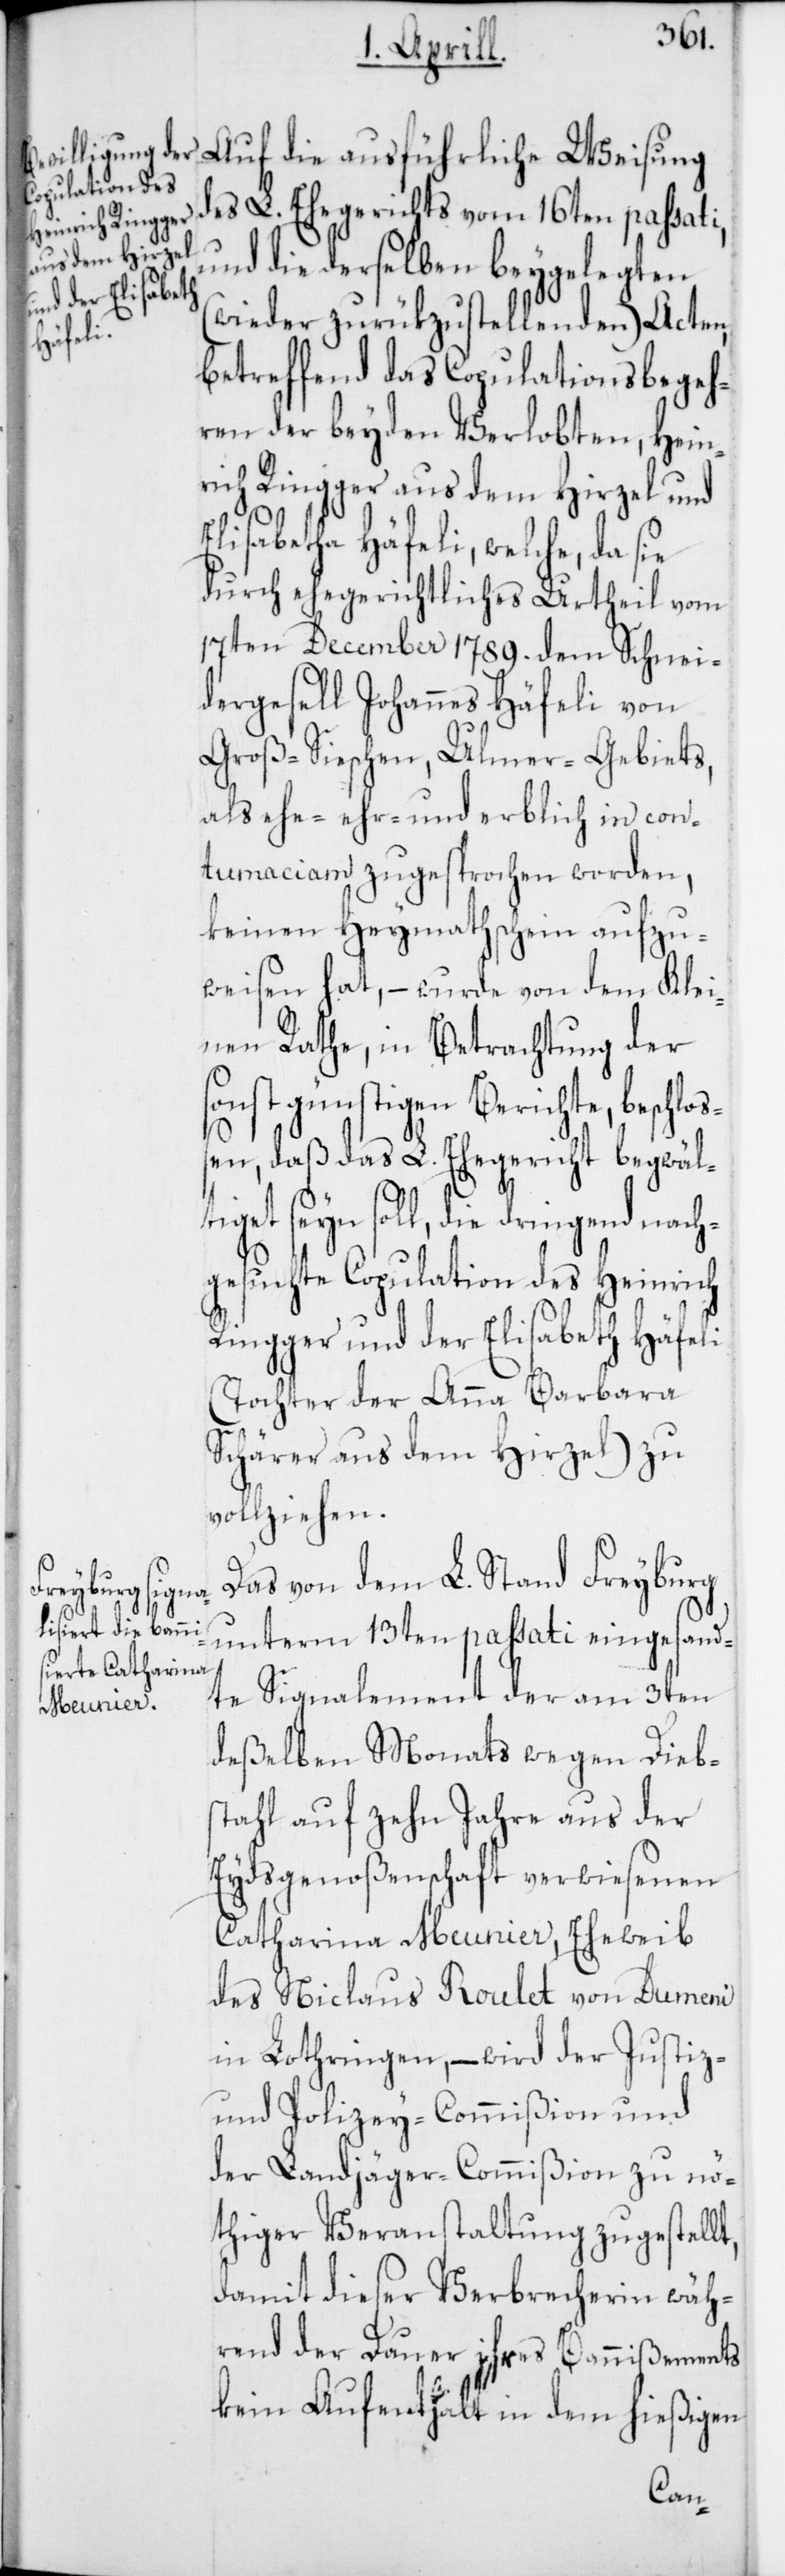
Auf die ausführliche Weisung
des L. Ehegerichts vom 16ten passati,
und die derselben beygelegten
(wieder zurükzustellenden) Acten,
betreffend das Copulationsbegeh¬
ren der beyden Verlobten, Hein¬
rich Ringger aus dem Hirzel und
Elisabetha Häfeli, welche, da sie
durch ehegerichtliches Urtheil vom
17ten December 1789. dem Schnei¬
dergesell Johannes Häfeli von
Groß-Sieschen, Ulmer-Gebiets,
als ehe-, ehr- und erblich in con¬
tumaciam zugesprochen worden,
keinen Heymathschein aufzu¬
weisen hat, – wurde von dem Klei¬
nen Rate, in Betrachtung der
sonst günstigen Berichte, beschlo¬
ßen, daß das L. Ehegericht begwälti¬
get seyn soll, die dringend nach¬
gesuchte Copulation des Heinrich
Ringger und der Elisabeth Häfeli
(Tochter der Anna Barbara
Schärer aus dem Hirzel) zu
vollziehen.
Das von dem L. Stand Freyburg
unterm 13ten passati eingesand¬
te Signalement der am 3ten
deßelben Monats wegen Diebs¬
tahl auf zehn Jahre aus der
Eydsgenoßenschaft verwiesenen
Catharina Meunier, Eheweib
des Niclaus Roulet von Dumeni
in Lothringen, – wird der Justiz-
und Polizey-Commißion und
der Landjäger-Commißion zu nö¬
thiger Veranstaltung zugestellt,
damit dieser Verbrecherin wäh¬
rend der Dauer ihres Bannißements
kein Aufenthalt in dem hießigen